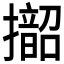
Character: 𱡁